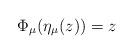
LaTeX: \begin{align*}\Phi_{\mu}(\eta_{\mu}(z))=z\end{align*}